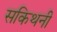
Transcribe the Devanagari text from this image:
सकिथनी